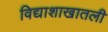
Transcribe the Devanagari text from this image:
विद्याशाखातली